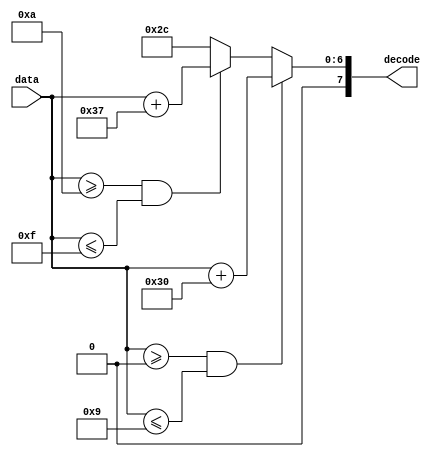
module ascii (
    data,
    decode
);

input [4:0] data;

output [7:0] decode;

assign decode = ((data >= 5'h00)&&(data <= 5'h09)) ? data + 8'h30 :
                ((data >= 5'h0A)&&(data <= 5'h0F)) ? data + 8'h37 : 8'h2C;

endmodule